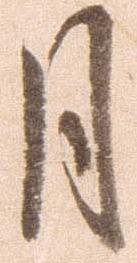
月